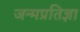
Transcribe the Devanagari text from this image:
जन्मप्रतिज्ञा